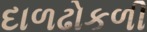
દાળઢોકળી